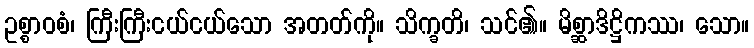
ဥစ္စာဝစံ၊ ကြီးကြီးငယ်ငယ်သော အတတ်ကို။ သိက္ခတိ၊ သင်၏။ မိစ္ဆာဒိဋ္ဌိကဿ၊ သော။